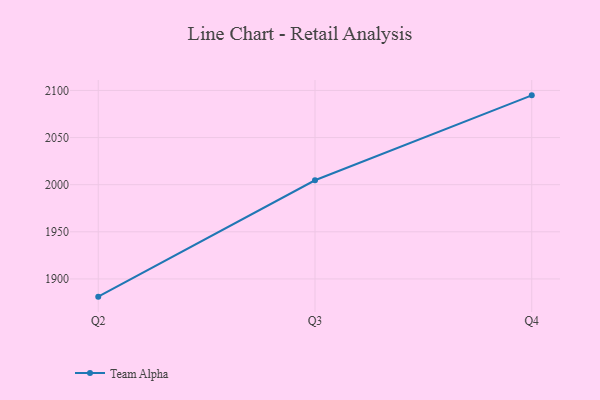
{"axis": {"x": "Quarter", "y": "Operating Costs (USD K)"}, "legend": ["Team Alpha"], "data": [{"x": "Q2", "y": 1881.2, "type": "Team Alpha"}, {"x": "Q3", "y": 2004.7, "type": "Team Alpha"}, {"x": "Q4", "y": 2094.8, "type": "Team Alpha"}]}